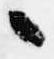
々